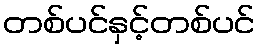
တစ်ပင်နှင့်တစ်ပင်